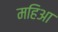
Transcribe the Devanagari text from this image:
महिआ